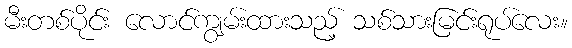
မီးတစ်ပိုင်း လောင်ကျွမ်းထားသည့် သစ်သားမြင်းရုပ်လေး။